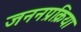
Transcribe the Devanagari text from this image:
जननप्रक्रिया